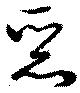
悪